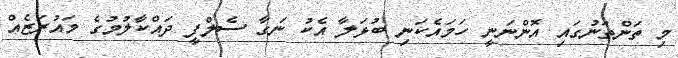
މި ތަންތަނުގައި އޮންނަނީ ހަމައެކަނި ބުޅަލާ އެކު ނަގާ ސެލްފީ ދައްކާލުމުގެ މައުރަޒެއް